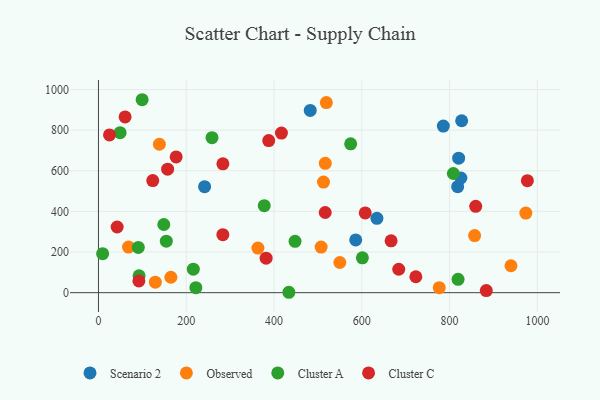
{"axis": {"x": "Investment", "y": "Demand"}, "legend": ["Cluster A", "Cluster C", "Observed", "Scenario 2"], "data": [{"x": "241.8", "y": 521.8, "type": "Scenario 2"}, {"x": "634.4", "y": 365.9, "type": "Scenario 2"}, {"x": "586.1", "y": 259.6, "type": "Scenario 2"}, {"x": "827.5", "y": 846.0, "type": "Scenario 2"}, {"x": "818.4", "y": 521.4, "type": "Scenario 2"}, {"x": "825.7", "y": 564.4, "type": "Scenario 2"}, {"x": "785.7", "y": 819.7, "type": "Scenario 2"}, {"x": "482.5", "y": 896.7, "type": "Scenario 2"}, {"x": "820.6", "y": 661.8, "type": "Scenario 2"}, {"x": "939.8", "y": 132.5, "type": "Observed"}, {"x": "776.4", "y": 24.6, "type": "Observed"}, {"x": "516.8", "y": 636.6, "type": "Observed"}, {"x": "138.8", "y": 730.4, "type": "Observed"}, {"x": "68.5", "y": 224.6, "type": "Observed"}, {"x": "129.6", "y": 51.8, "type": "Observed"}, {"x": "165.0", "y": 76.0, "type": "Observed"}, {"x": "507.3", "y": 224.5, "type": "Observed"}, {"x": "549.9", "y": 148.5, "type": "Observed"}, {"x": "512.7", "y": 544.2, "type": "Observed"}, {"x": "973.7", "y": 391.8, "type": "Observed"}, {"x": "857.0", "y": 281.1, "type": "Observed"}, {"x": "363.3", "y": 219.5, "type": "Observed"}, {"x": "519.2", "y": 935.7, "type": "Observed"}, {"x": "819.3", "y": 65.5, "type": "Cluster A"}, {"x": "447.9", "y": 252.5, "type": "Cluster A"}, {"x": "9.5", "y": 192.0, "type": "Cluster A"}, {"x": "433.8", "y": 2.0, "type": "Cluster A"}, {"x": "574.6", "y": 732.4, "type": "Cluster A"}, {"x": "90.8", "y": 222.5, "type": "Cluster A"}, {"x": "258.7", "y": 762.9, "type": "Cluster A"}, {"x": "377.7", "y": 428.1, "type": "Cluster A"}, {"x": "808.5", "y": 586.5, "type": "Cluster A"}, {"x": "216.1", "y": 115.9, "type": "Cluster A"}, {"x": "601.3", "y": 171.4, "type": "Cluster A"}, {"x": "148.9", "y": 335.5, "type": "Cluster A"}, {"x": "92.5", "y": 83.3, "type": "Cluster A"}, {"x": "221.9", "y": 24.5, "type": "Cluster A"}, {"x": "49.3", "y": 787.4, "type": "Cluster A"}, {"x": "154.6", "y": 253.3, "type": "Cluster A"}, {"x": "99.5", "y": 949.5, "type": "Cluster A"}, {"x": "607.8", "y": 392.5, "type": "Cluster C"}, {"x": "723.1", "y": 78.4, "type": "Cluster C"}, {"x": "42.6", "y": 323.3, "type": "Cluster C"}, {"x": "859.5", "y": 425.0, "type": "Cluster C"}, {"x": "387.9", "y": 748.6, "type": "Cluster C"}, {"x": "177.0", "y": 668.2, "type": "Cluster C"}, {"x": "157.6", "y": 607.9, "type": "Cluster C"}, {"x": "123.7", "y": 551.8, "type": "Cluster C"}, {"x": "283.4", "y": 285.3, "type": "Cluster C"}, {"x": "382.0", "y": 169.7, "type": "Cluster C"}, {"x": "684.1", "y": 115.3, "type": "Cluster C"}, {"x": "60.7", "y": 865.0, "type": "Cluster C"}, {"x": "666.7", "y": 255.3, "type": "Cluster C"}, {"x": "416.9", "y": 785.5, "type": "Cluster C"}, {"x": "92.1", "y": 58.0, "type": "Cluster C"}, {"x": "283.5", "y": 634.0, "type": "Cluster C"}, {"x": "516.6", "y": 394.5, "type": "Cluster C"}, {"x": "883.6", "y": 10.3, "type": "Cluster C"}, {"x": "25.2", "y": 776.5, "type": "Cluster C"}, {"x": "977.2", "y": 551.1, "type": "Cluster C"}]}